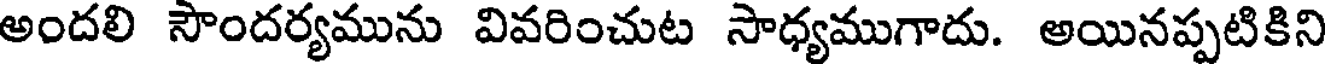
అందలి సౌందర్యమును వివరించుట సాధ్యముగాదు. అయినప్పటికిని